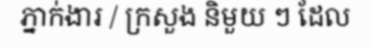
ភ្នាក់ងារ / ក្រសួង និមួយ ៗ ដែល